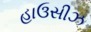
હાઉસીઝ